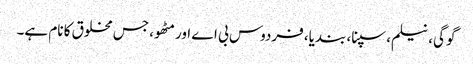
گوگی، نیلم، سپنا، بندیا، فردوس بی اے اور مٹھو، جس مخلوق کا نام ہے۔